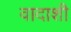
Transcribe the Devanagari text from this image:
वादाशी